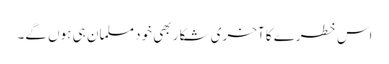
اس خطرے کا آخری شکار بھی خود مسلمان ہی ہوں گے۔